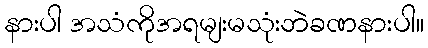
နားပါ အသံကိုအရမျးမသုံးဘဲခဏနားပါ။